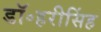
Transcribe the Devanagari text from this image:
डॉ॰हरीसिंह